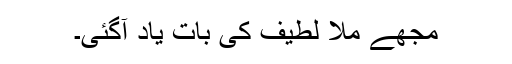
مجھے ملّا لطیف کی بات یاد آگئی۔